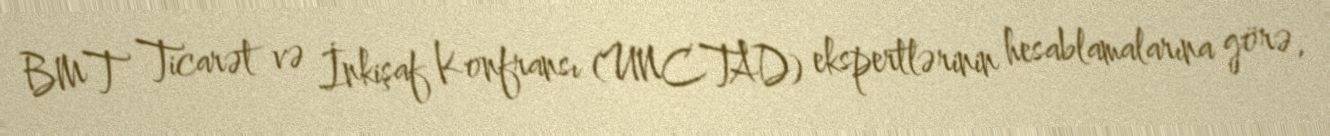
BMT Ticarət və İnkişaf Konfransı (UNCTAD) ekspertlərinin hesablamalarına görə,